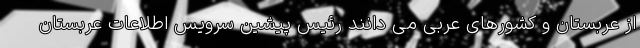
از عربستان و کشورهای عربی می دانند رئیس پیشین سرویس اطلاعات عربستان